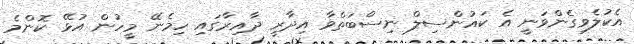
އެކުލެވިގެންވަނީ އެ ކައުންސިލް ނިސްބަތްވާ އިދާރީ ދާއިރާގައި ހިމެނޭ މީހުން އުޅޭ ކޮންމެ